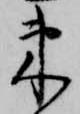
束